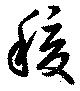
稷